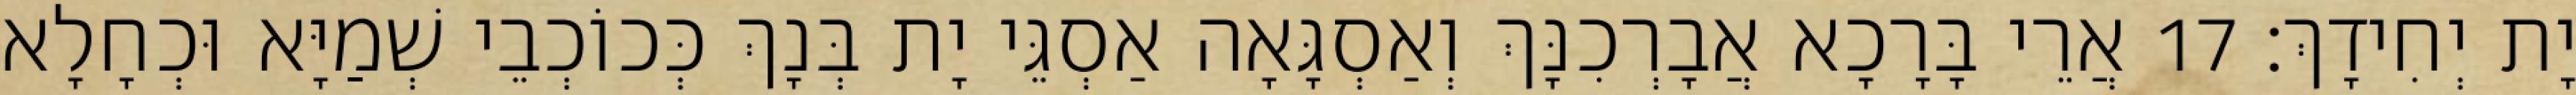
יָת יְחִידָךְ׃ 17 אֲרֵי בָּרָכָא אֲבָרְכִנָּךְ וְאַסְגָּאָה אַסְגֵּי יָת בְּנָךְ כְּכוֹכְבֵי שְׁמַיָּא וּכְחָלָא